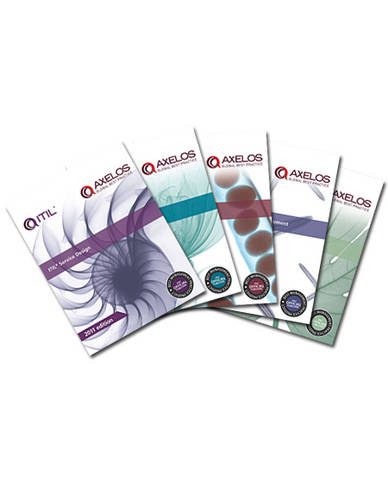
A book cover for ITIL Lifecycle Suite, 2011 Edition (5 Volume Set); Randy A. Steinberg; Computers & Technology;